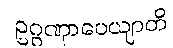
ဥဂ္ဂဏှာပေယျာတိ